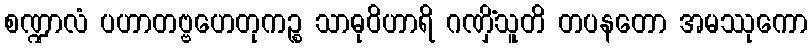
စဏ္ဍာလံ ပဟာတဗ္ဗဟေတုကဉ္စ သာဓုဝိဟာရိ ဂဏှိံသူတိ တပနတော အမဿုကော